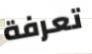
تعرفة